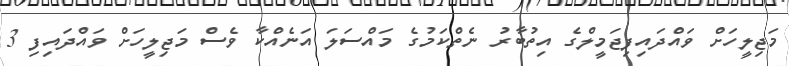
މަޖިލީހަށް ވައްދައިފިޖަމީލްގެ އިތުބާރު ނެތްކަމުގެ މައްސަލަ އަނެއްކާ ވެސް މަޖިލީހަށް ވައްދައިފި 3